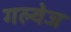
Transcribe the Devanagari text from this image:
गल्वेज